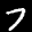
Label: 7